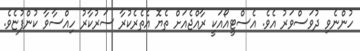
ހުންނެވި ދުވަސްވަރު އެވެ. އެސްޓީއޯއަކީ ރާއްޖެއަށް ތެޔޮ އެތެރެކުރާ ސަރުކާރު ހިއްސާވާ ކުންފުޏެވެ.